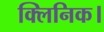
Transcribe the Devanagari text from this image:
क्लिनिक।